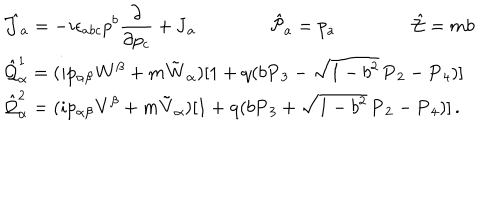
\begin{array} { l } { { \displaystyle \hat { \cal J } _ { a } = - i \epsilon _ { a b c } p ^ { b } \frac \partial { \partial p _ { c } } + { \bf J } _ { a } \qquad \qquad \hat { \cal P } _ { a } = p _ { a } \qquad \qquad \hat { \cal Z } = m b } } \\ { { \displaystyle \hat { \cal Q } _ { \alpha } ^ { 1 } = ( i p _ { \alpha \beta } { \bf W } ^ { \beta } + m \tilde { \bf W } _ { \alpha } ) [ 1 + \mathrm { q } ( b { \bf P } _ { 3 } - \sqrt { 1 - b ^ { 2 } } \, { \bf P } _ { 2 } - { \bf P } _ { 4 } ) ] } } \\ { { \displaystyle \hat { \cal Q } _ { \alpha } ^ { 2 } = ( i p _ { \alpha \beta } { \bf V } ^ { \beta } + m \tilde { \bf V } _ { \alpha } ) [ 1 + \mathrm { q } ( b { \bf P } _ { 3 } + \sqrt { 1 - b ^ { 2 } } \, { \bf P } _ { 2 } - { \bf P } _ { 4 } ) ] \, . } } \\ \end{array}